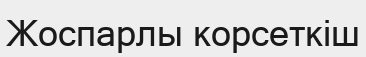
Жоспарлы корсеткіш